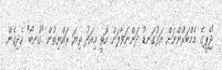
"ޖޭޕީގެ މެމްބަރުންނަށް އަޅުގަނޑު ދަންނަވާލަން އޮތީ މިއަދު ތިޔަ ރައްޔިތުން "ގުނބޯ" ހެދިގެން